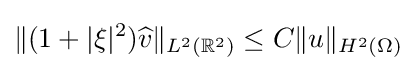
\|(1+|\xi |^{2}){\widehat {v}}\|_{L^{2}(\mathbb {R} ^{2})}\leq C\|u\|_{H^{2}(\Omega )}